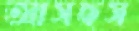
আসছস